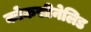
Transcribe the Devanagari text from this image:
कोकसीनेलिड